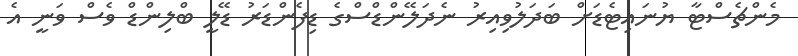
މެންޗެސްޓާ ޔުނައިޓެޑަށް ބަދަލުވިއިރު ނެދަލޭންޑްސްގެ ޑިފެންޑަރު ޑޭލީ ބްލިންޑް ވެސް ވަނީ އެ